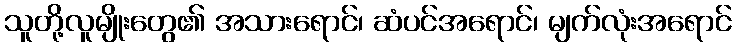
သူတို့လူမျိုးတွေ၏ အသားရောင်၊ ဆံပင်အရောင်၊ မျက်လုံးအရောင်